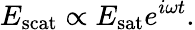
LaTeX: E_{\mathrm{scat}}\propto E_{\mathrm{sat}}e^{i\omega t}.